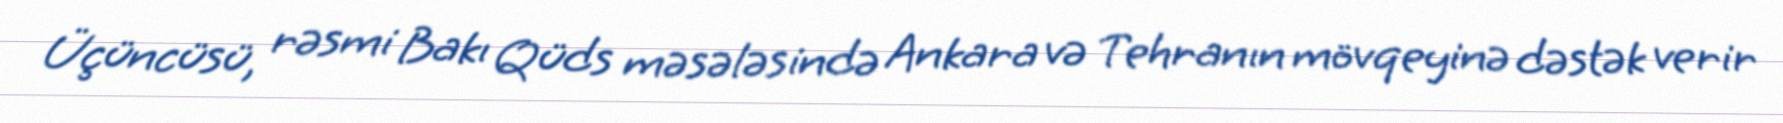
Üçüncüsü, rəsmi Bakı Qüds məsələsində Ankara və Tehranın mövqeyinə dəstək verir